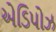
એડિપોઝ